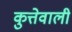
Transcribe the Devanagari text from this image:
कुत्तेवाली